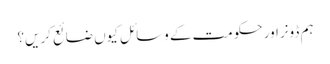
ہم ڈونراور حکومت کے وسائل کیوں ضائع کریں؟